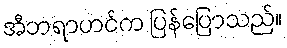
အီဘရာဟင်က ပြန်ပြောသည်။